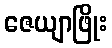
ဇေယျာဖြိုး